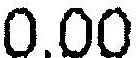
0.00